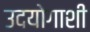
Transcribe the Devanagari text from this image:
उदयोगाशी